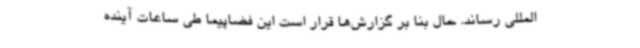
‌المللی رساند. حال بنا بر گزارش‌ها قرار است این فضاپیما طی ساعات آینده